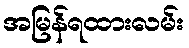
အမြန်ရထားလမ်း